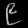
Digit: ၉